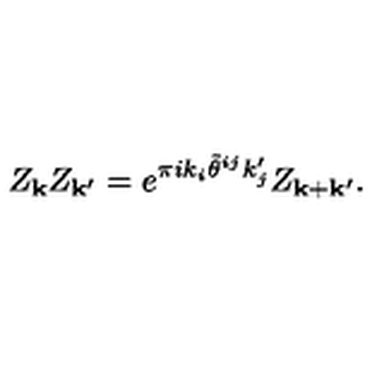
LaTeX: Z _ { { \bf k } } Z _ { { \bf k } ^ { \prime } } = e ^ { \pi i k _ { i } \tilde { \theta } ^ { i j } k _ { j } ^ { \prime } } Z _ { { \bf k } + { \bf k } ^ { \prime } } .